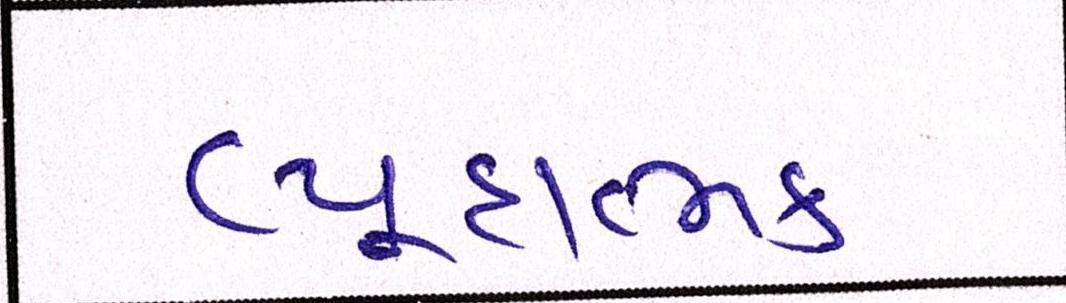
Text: વ્યૂહાત્મક